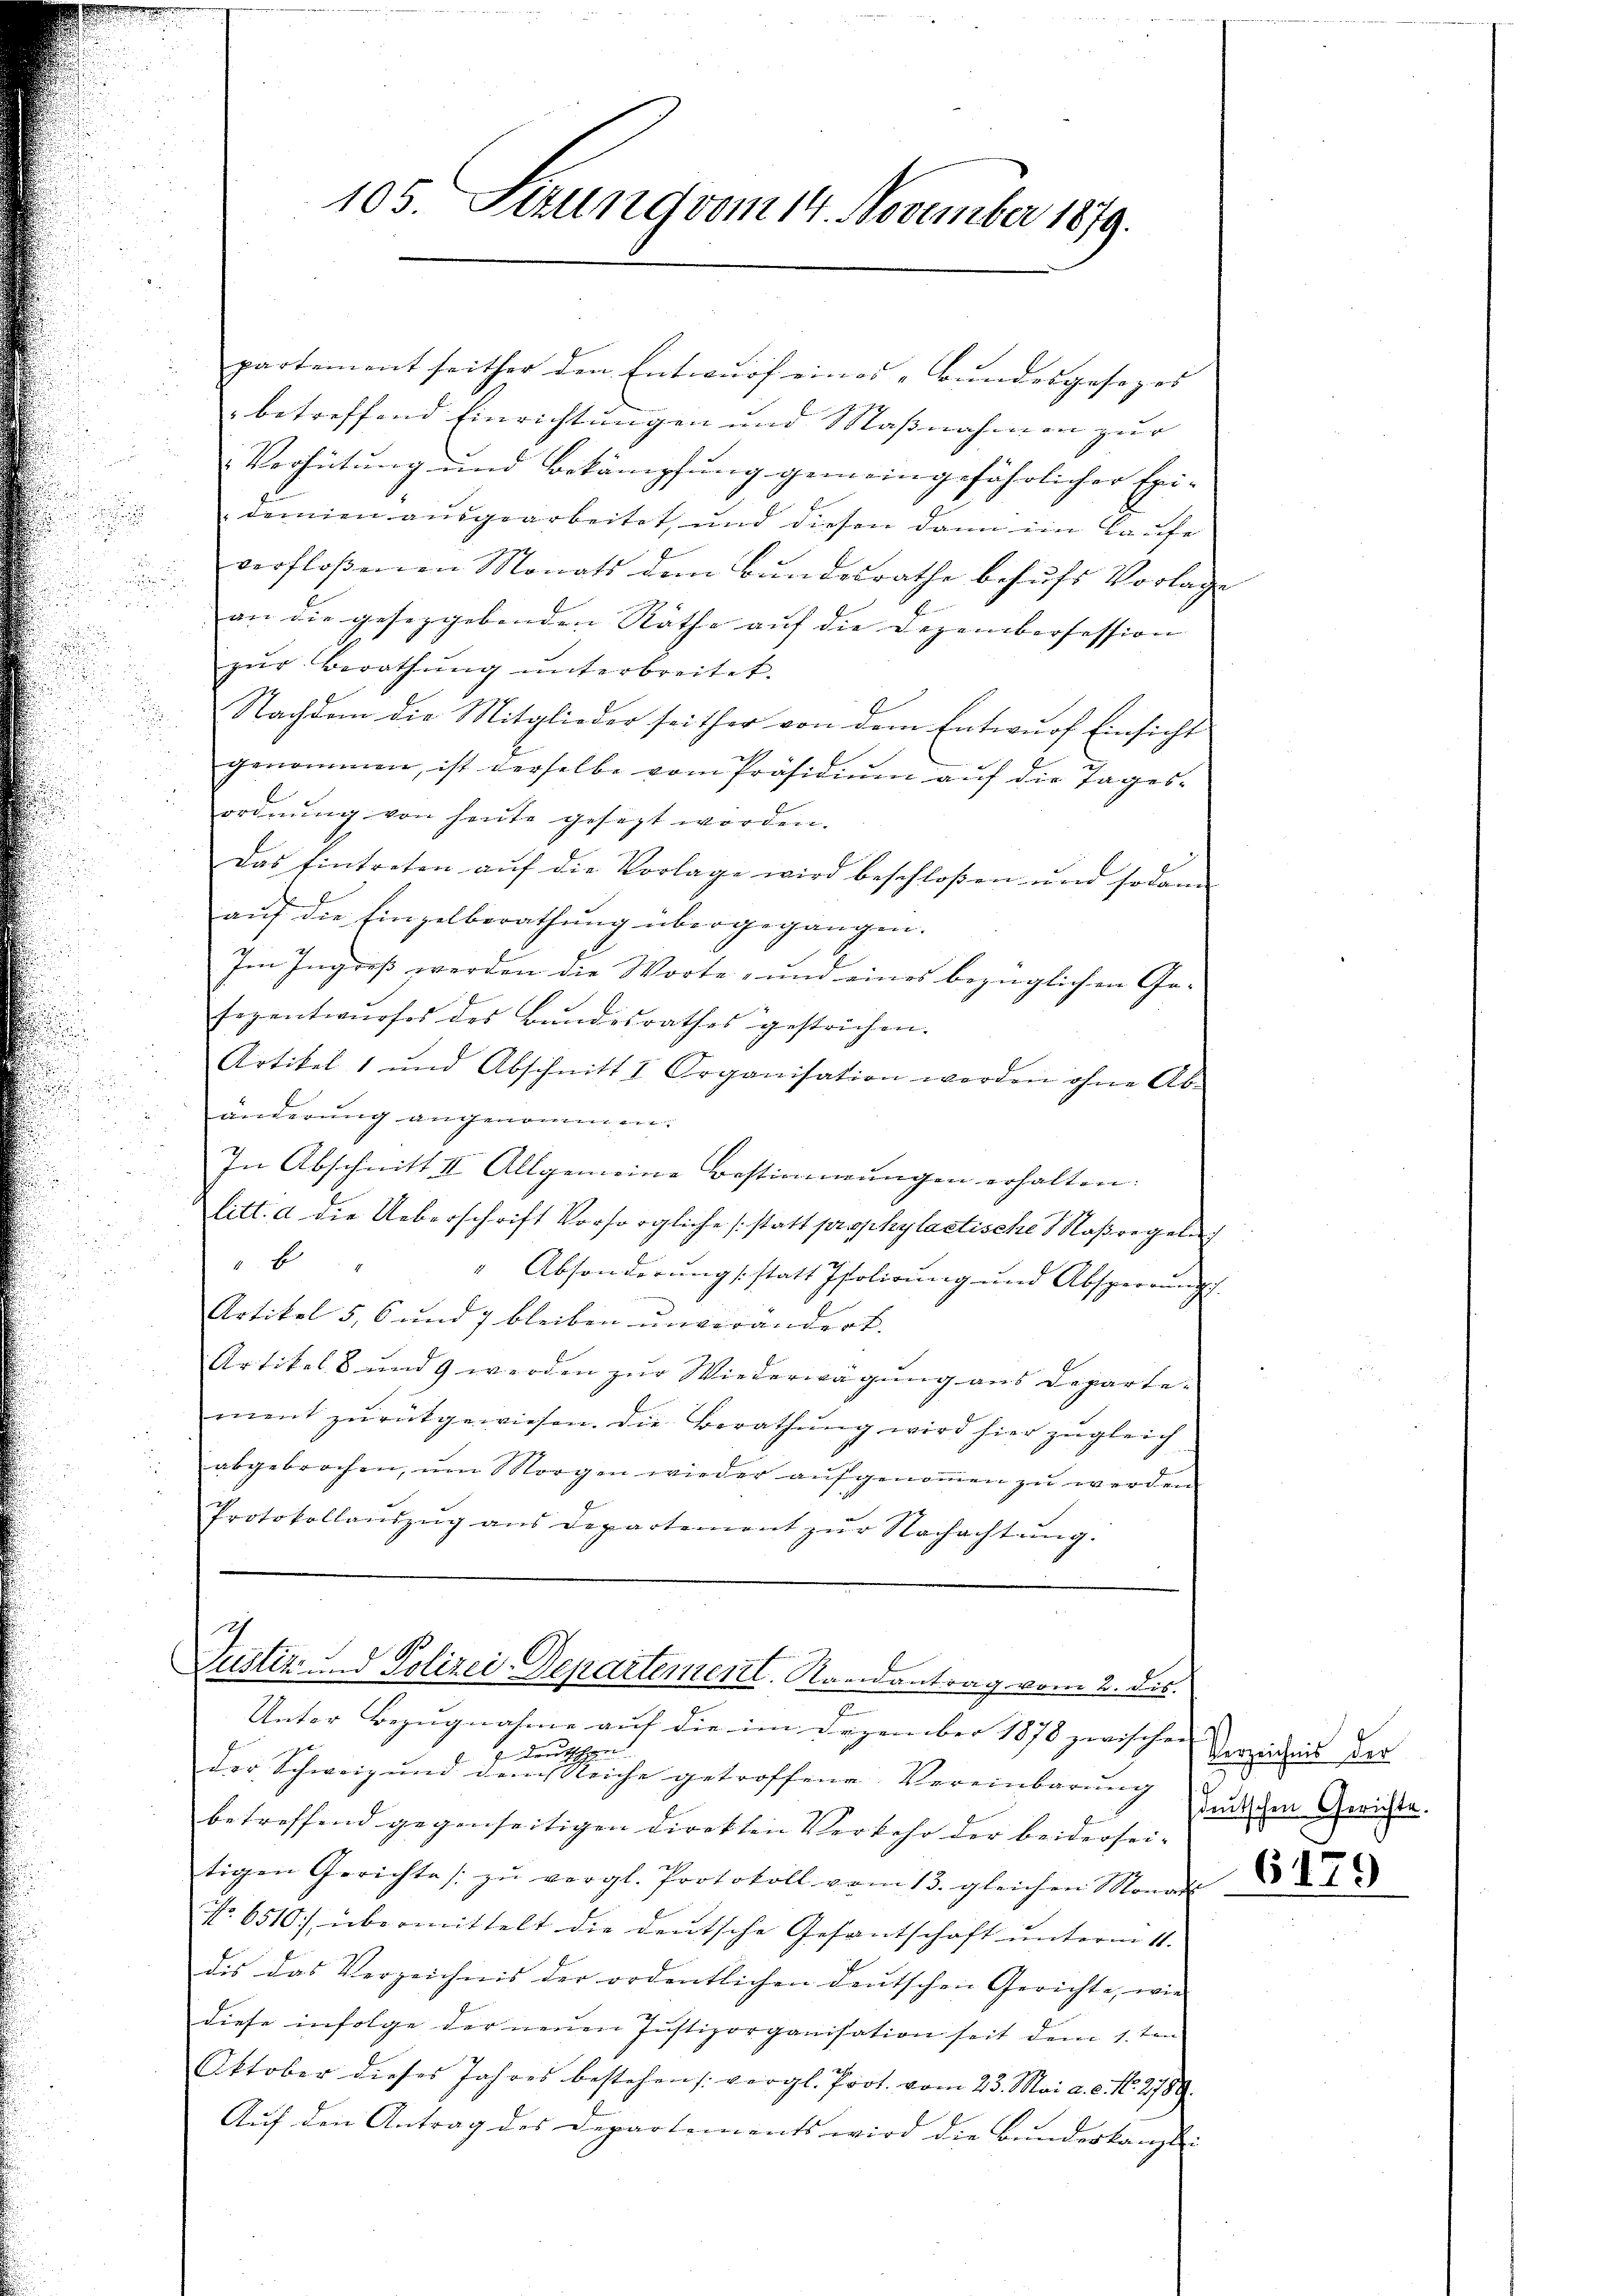
partement seither den Entwurf eines „Bundesgesezes
betreffend Einrichtungen und Maßnahmen zur
Verhütung und Bekämpfung gemeingefährlicher Exi-
demien ausgearbeitet, und diesen dann im Laufe
verfloßenen Monats dem Bŭndesrathe behŭfs Vorlage
an die gesetzgebenden Räthe auf die Dezemberfession
zur Berathung unterbreitet.
Nachdem die Mitglieder seither von dem Entwurf Einsicht
genommen, ist derselbe vom Präsidium auf die Tagesordnŭng von heute gesezt worden.
Das Eintreten aŭf die Vorlage wird beschloßen und sodann
aŭf die Einzelberathung übergegangen.
Im Ingreß werden die Worte, und eines bezüglichen Gesezentwurfes des Bundesrathes gestrichen.
Artikel 1 und Abschnitt I. Organisation werden ohne Ab-
änderung angenommen.
In Abschnitt II. Allgemeine Bestimmungen erhalten.
litt. a die Ueberschrift Vorsorgliche (statt prophylaetische Maßregeln
E
" Absonderung (statt Isolirung und Absperrungs
Artikel 5, 6 und 7 bleiben unverändert. |
Artikel 8 und 9 werden zŭr Wiederwägŭng ans Departe-
ment zurückgewiesen. Die Berathung wird hier zugleich
abgebrochen, ŭm Morgen wieder aŭfgenoṁen zŭ werden
Protokollaŭszŭg ans Departement zŭr Nachachtŭng.

105. Ettung vom 14. November 1879.

9
Zustiz und Polizei-Departement. Randantrag vom 2. dis

Unter Bezugnahme auf die im Dezember 1878 zwischen
be
e
der Schweiz und dem Reiche getroffene Vereinbarŭng
betreffend gegenseitigen Direkten Verkehr der beidersei- |
tigen Gerichte zŭ vergl. Protokoll vom 13. gleichen Monat
No. 6510.) übermittelt die deutsche Gesantschaft ŭnterm 11.
dis das Verzeichnis der ordentlichen deutschen Gerichte, wie
diese infolge der neuen Justizorganisation seit dem 1.ten
Oktober dieses Jahres bestehens vergl. Prot. vom 23. Mai a. c. No. 2789.
Aŭf den Antrag des Departements wird die Bŭndeskanzlei

Verzeichnis der
deutschen Gerichte.
6179